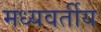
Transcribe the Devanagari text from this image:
मध्यवर्तीय